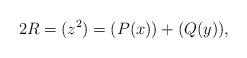
LaTeX: \begin{align*}2R =(z^2)= (P(x)) + (Q(y)),\end{align*}